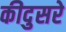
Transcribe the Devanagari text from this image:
कीदुसरे